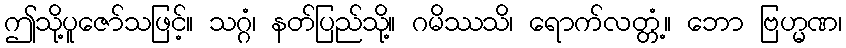
ဤသို့ပူဇော်သဖြင့်။ သဂ္ဂံ၊ နတ်ပြည်သို့။ ဂမိဿသိ၊ ရောက်လတ္တံ့။ ဘော ဗြဟ္မဏ၊